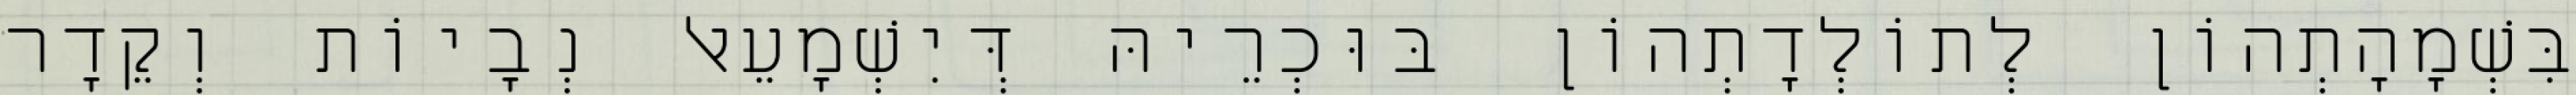
בִּשְׁמָהָתְהוֹן לְתוֹלְדָתְהוֹן בּוּכְרֵיהּ דְּיִשְׁמָעֵאל נְבָיוֹת וְקֵדָר